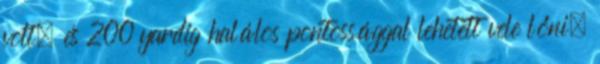
volt, és 200 yardig halálos pontossággal lehetett vele lőni.